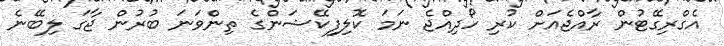
އެގްރިގޭޓުން ރާއްޖެއަށް ކުރި ހޯދިއްޖެ ނަމަ ކޮލިފިކޭޝަންގެ ތިންވަނަ ބުރުން ޖާގަ ލިބޭނެ